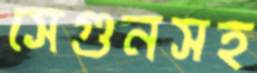
সেগুনসহ